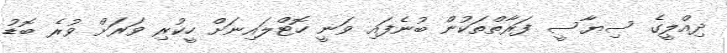
ދިއްލީގެ ސިޔާސީ ފަރާތްތަކުން ބުނެފައި ވަނީ ހޮޓްލައިނަށް ހީކުރި ވަރަށް ވުރެ ބޮޑު